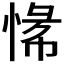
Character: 𫺟